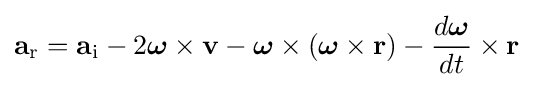
\mathbf {a} _{\mathrm {r} }=\mathbf {a} _{\mathrm {i} }-2{\boldsymbol {\omega }}\times \mathbf {v} -{\boldsymbol {\omega }}\times ({\boldsymbol {\omega }}\times \mathbf {r} )-{\frac {d{\boldsymbol {\omega }}}{dt}}\times \mathbf {r}